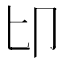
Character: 𠨐